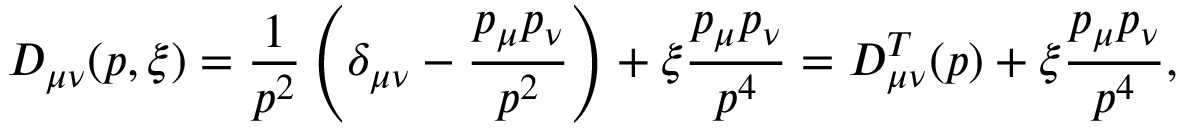
D _ { \mu \nu } ( p , \xi ) = \frac { 1 } { p ^ { 2 } } \left( \delta _ { \mu \nu } - \frac { p _ { \mu } p _ { \nu } } { p ^ { 2 } } \right) + \xi \frac { p _ { \mu } p _ { \nu } } { p ^ { 4 } } = D _ { \mu \nu } ^ { T } ( p ) + \xi \frac { p _ { \mu } p _ { \nu } } { p ^ { 4 } } ,